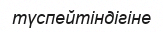
түспейтіндігіне